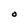
Character: O